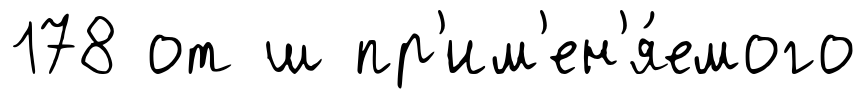
178 от ш пр'им'ен'я́емого